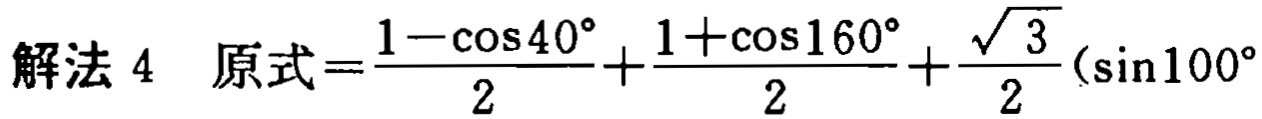
解法 4 原式=\(\frac{1 - \cos40^{\circ}}{2}+\frac{1 + \cos160^{\circ}}{2}+\frac{\sqrt{3}}{2}(\sin100^{\circ}\)